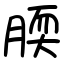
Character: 腝